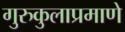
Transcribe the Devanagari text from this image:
गुरुकुलाप्रमाणे